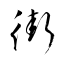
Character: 街